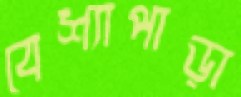
বেশ্যাপাড়া